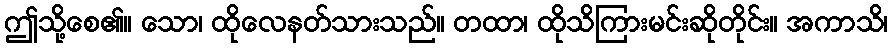
ဤသို့စေ၏။ သော၊ ထိုလေနတ်သားသည်။ တထာ၊ ထိုသိကြားမင်းဆိုတိုင်း။ အကာသိ၊